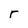
Character: r